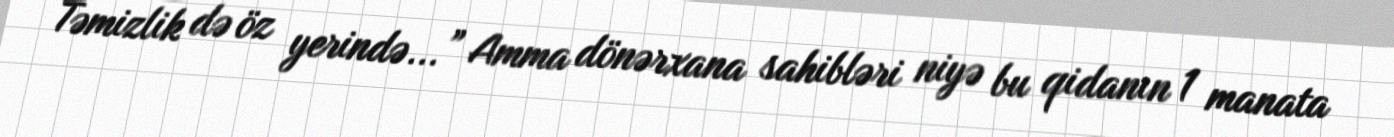
Təmizlik də öz yerində...” Amma dönərxana sahibləri niyə bu qidanın 1 manata